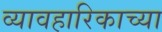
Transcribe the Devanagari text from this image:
व्यावहारिकाच्या